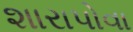
શારાપોવા